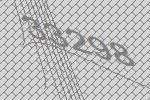
33298